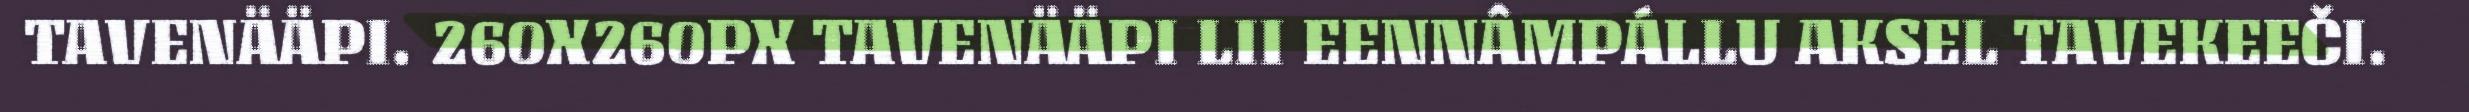
TAVENÄÄPI. 260X260PX TAVENÄÄPI LII EENNÂMPÁLLU AKSEL TAVEKEEČI.